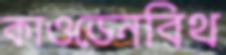
কাওডেনবিথ